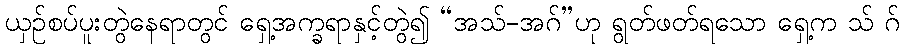
ယှဉ်စပ်ပူးတွဲနေရာတွင် ရှေ့အက္ခရာနှင့်တွဲ၍ “အသ်-အဂ်”ဟု ရွတ်ဖတ်ရသော ရှေ့က သ် ဂ်